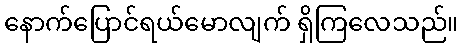
နောက်ပြောင်ရယ်မောလျက် ရှိကြလေသည်။